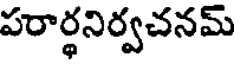
పరార్థనిర్వచనమ్